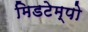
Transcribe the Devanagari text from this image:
मिडटेम्पो